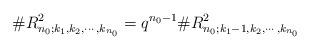
LaTeX: \begin{align*}\#R^2_{n_0;k_1,k_2,\cdots,k_{n_0}}=q^{n_0-1}\#R^2_{n_0;k_1-1,k_2,\cdots,k_{n_0}}\end{align*}